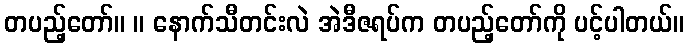
တပည့်တော်။ ။ နောက်သီတင်းလဲ အဲဒီဇရပ်က တပည့်တော်ကို ပင့်ပါတယ်။